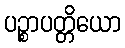
ပဉ္စာပတ္တိယော